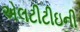
એલટીટીઇની